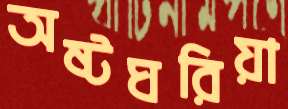
অষ্টঘরিয়া